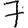
Digit: 7